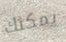
يمكنك